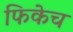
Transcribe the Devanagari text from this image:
फिकेच